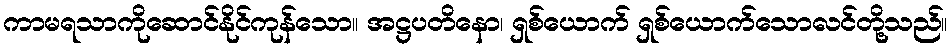
ကာမရသာကိုဆောင်နိုင်ကုန်သော။ အဋ္ဌပတိနော၊ ရှစ်ယောက် ရှစ်ယောက်သောလင်တို့သည်။